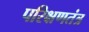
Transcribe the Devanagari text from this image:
परिक्षणतंत्र